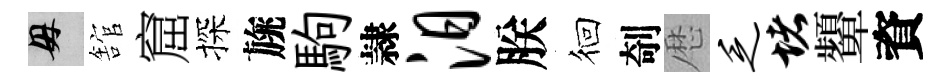
母舘窟探旐駒隷汨朕徊剞厯乏堵顰資